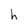
Character: h